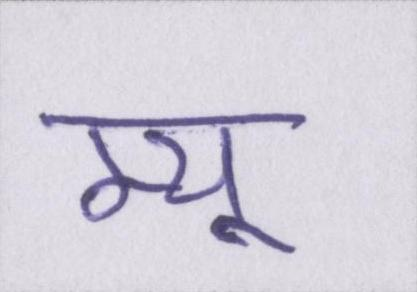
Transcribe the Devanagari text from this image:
म्यू